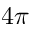
4 \pi